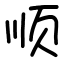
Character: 顺